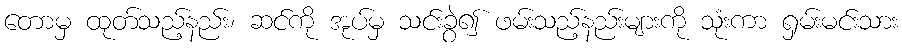
တောမှ ထုတ်သည့်နည်း၊ ဆင်ကို အုပ်မှ သင်းခွဲ၍ ဖမ်းသည့်နည်းများကို သုံးကာ ရှမ်းမင်းသား